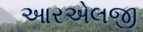
આરએલજી